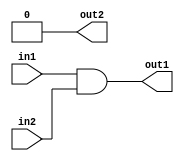
module ALW_NR_UNUV (in1, in2, out1, out2);
   input in1;
   input in2;
   output out1;
   output out2;
   reg out2;
   always @(in1 or in2)
   begin
      out2 = 1'b0;
   end
   assign out1 = in1 & in2;
endmodule